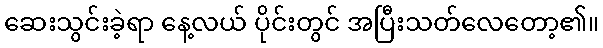
ဆေးသွင်းခဲ့ရာ နေ့လယ် ပိုင်းတွင် အပြီးသတ်လေတော့၏။